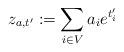
LaTeX: \begin{align*}z_{a,t'}:=\sum_{i\in V}a_ie^{t_i'}\end{align*}